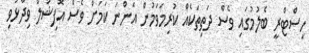
ހިސްޓްރީ ބެލުމުގައި ވެސް ދަތިތަކެއް ކުރިމަވަމުން އަންނަ ކަމަށް ވެސް އޮފިޝަލް ވިދާޅުވި